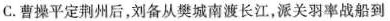
C.曹操平定荆州后，刘备从樊城南渡长江，派关羽率战船到